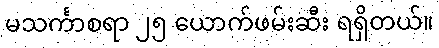
မသင်္ကာစရာ ၂၅ ယောက်ဖမ်းဆီး ရရှိတယ်။